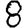
Digit: 8